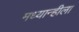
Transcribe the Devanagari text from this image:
मध्यान्हीला